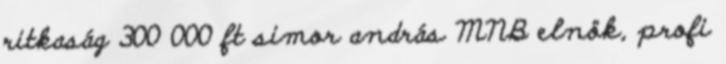
ritkaság 300 000 ft simor andrás MNB elnök, profi